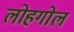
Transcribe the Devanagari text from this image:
लोहगोल